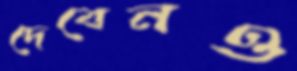
দেবেনও